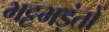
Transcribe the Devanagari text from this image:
भट्टभड़ंतों